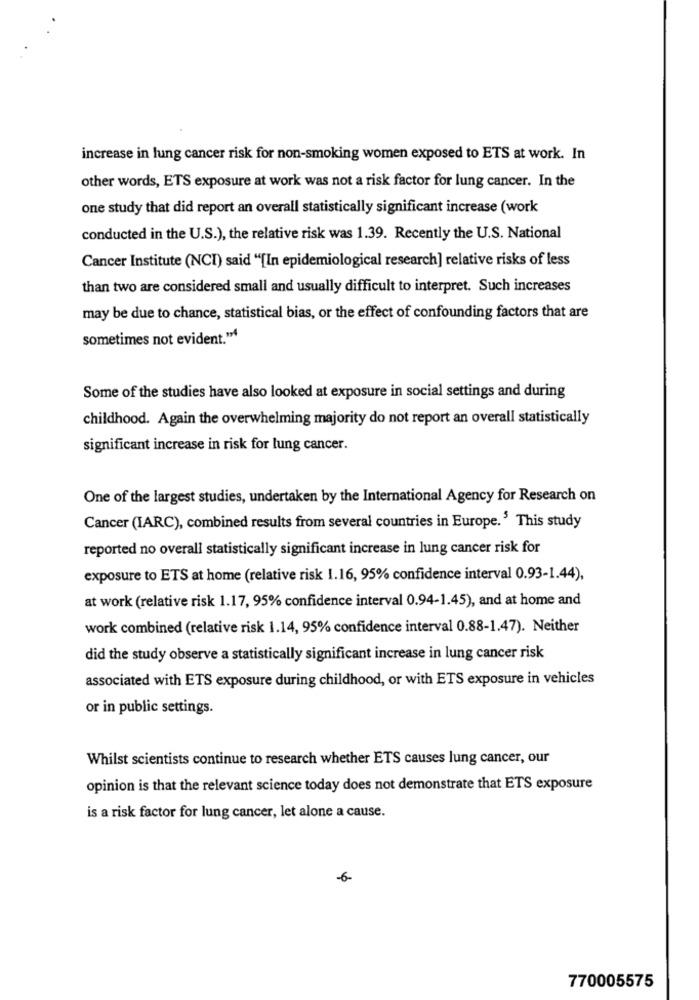
increase in lung cancer risk for non-smoking women exposed to ETS at work. In
other words, ETS exposure at work was not a risk factor for lung cancer. In the
one study that did report an overall statistically significant increase (work
conducted in the U.S.), the relative risk was 1.39. Recently the U.S. National
Cancer Institute (NCI) said "[In epidemiological research] relative risks of less
than two are considered small and usually difficult to interpret. Such increases
may be due to chance, statistical bias, or the effect of confounding factors that are
sometimes not evident."
Some of the studies have also looked at exposure in social settings and during
childhood. Again the overwhelming majority do not report an overall statistically
significant increase in risk for lung cancer.
One of the largest studies, undertaken by the International Agency for Research on
Cancer (IARC), combined results from several countries in Europe.' This study
reported no overall statistically significant increase in lung cancer risk for
exposure to ETS at home (relative risk 1.16, 95% confidence interval 0.93-1.44),
at work (relative risk 1.17, 95% confidence interval 0.94-1.45), and at home and
work combined (relative risk 1.14, 95% confidence interval 0.88-1.47). Neither
did the study observe a statistically significant increase in lung cancer risk
associated with ETS exposure during childhood, or with ETS exposure in vehicles
or in public settings.
Whilst scientists continue to research whether ETS causes lung cancer, our
opinion is that the relevant science today does not demonstrate that ETS exposure
is a risk factor for lung cancer, let alone a cause.
-6
770005575